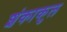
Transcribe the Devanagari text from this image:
शंकाकुल